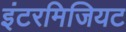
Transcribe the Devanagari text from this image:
इंटरमिजियट